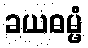
ခယဓမ္မံ